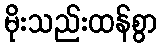
မိုးသည်းထန်စွာ